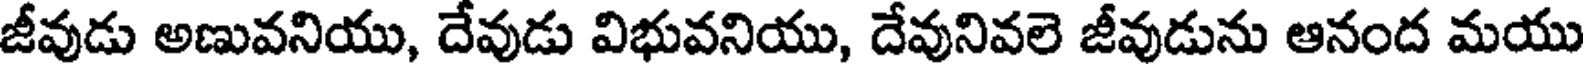
జీవుడు అణువనియు, దేవుడు విభువనియు, దేవునివలె జీవుడును ఆనంద మయు